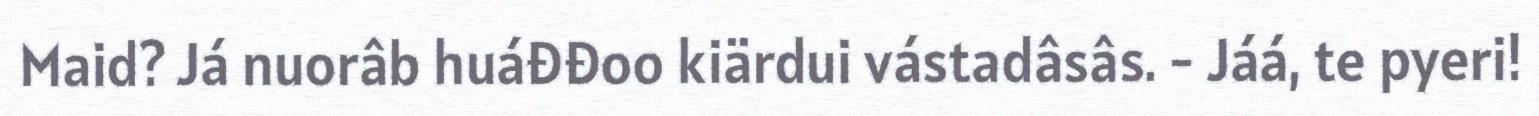
Maid? Já nuorâb huáđđoo kiärdui vástadâsâs. - Jáá, te pyeri!